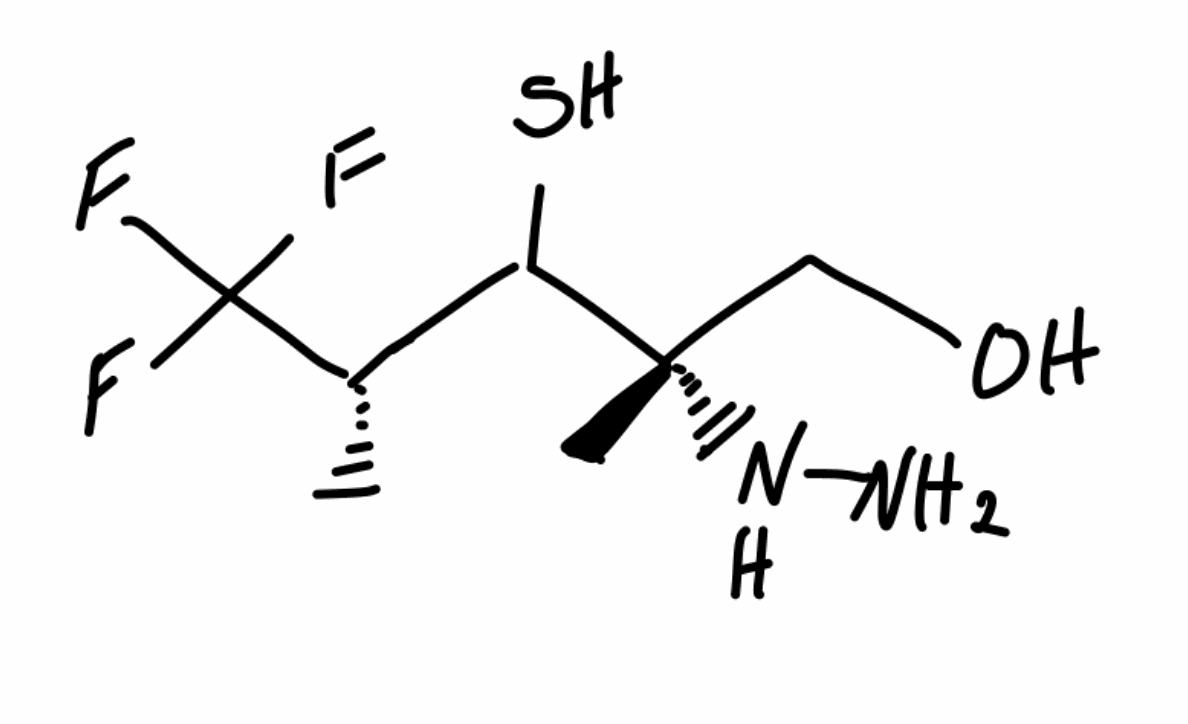
Simplified molecular-input line-entry system (SMILES) notation of the given molecule:
C[C@@H](C([C@](C)(CO)NN)S)C(F)(F)F